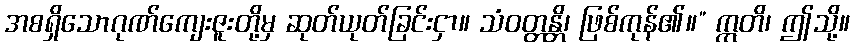
အစရှိသောဂုဏ်ကျေးဇူးတို့မှ ဆုတ်ယုတ်ခြင်းငှာ။ သံဝတ္တန္တိ၊ ဖြစ်ကုန်၏။” ဣတိ၊ ဤသို့။